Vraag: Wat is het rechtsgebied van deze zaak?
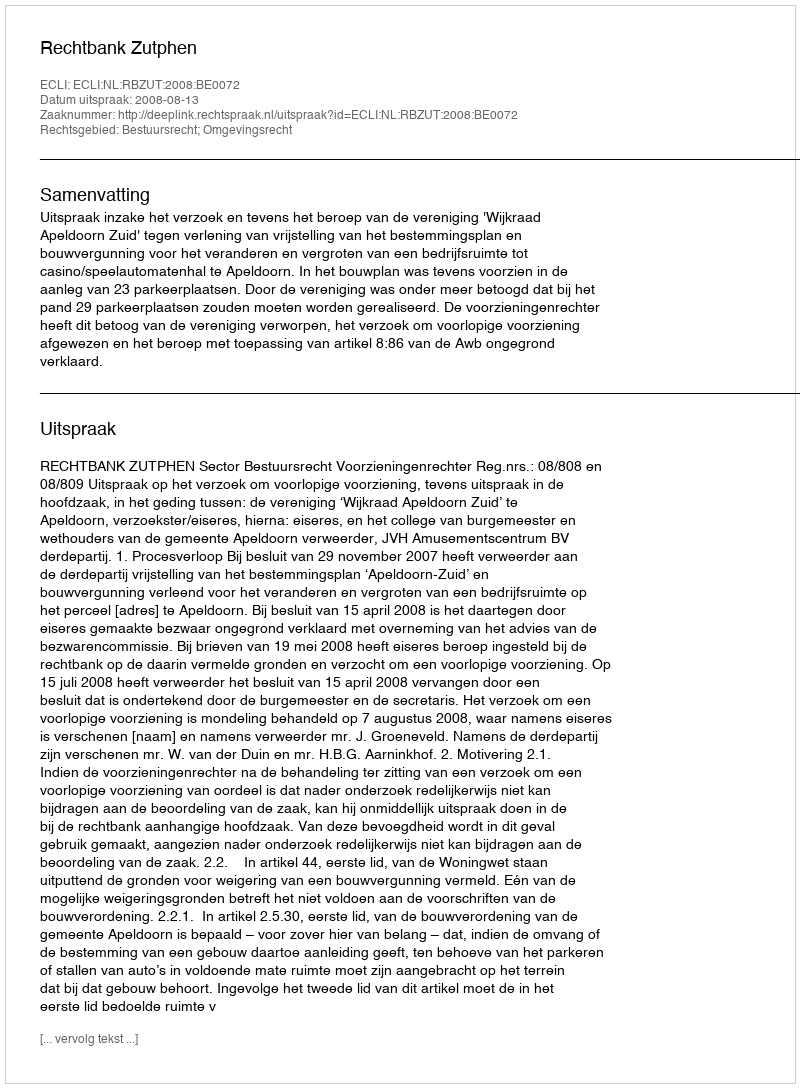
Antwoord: Bestuursrecht; Omgevingsrecht